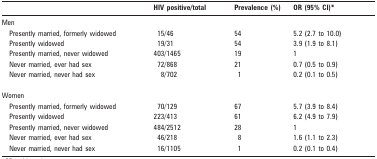
|  | HIV positive/total | Prevalence (%) | OR (95% CI)* |
 | --- | --- | --- | --- |
 | Men |  |  |  |
 | Presently married, formerly widowed | 15/46 | 54 | 5.2 (2.7 to 10.0) |
 | Presently widowed | 19/31 | 54 | 3.9 (1.9 to 8.1) |
 | Presently married, never widowed | 403/1465 | 19 | 1 |
 | Never married, ever had sex | 72/868 | 21 | 0.7 (0.5 to 0.9) |
 | Never married, never had sex | 8/702 | 1 | 0.2 (0.1 to 0.5) |
 | Women |  |  |  |
 | Presently married, formerly widowed | 70/129 | 67 | 5.7 (3.9 to 8.4) |
 | Presently widowed | 223/413 | 61 | 6.2 (4.9 to 7.9) |
 | Presently married, never widowed | 484/2512 | 28 | 1 |
 | Never married, ever had sex | 46/218 | 8 | 1.6 (1.1 to 2.3) |
 | Never married, never had sex | 16/1105 | 1 | 0.2 (0.1 to 0.4) |